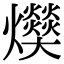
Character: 𤓔